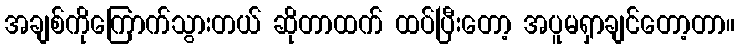
အချစ်ကိုကြောက်သွားတယ် ဆိုတာထက် ထပ်ပြီးတော့ အပူမရှာချင်တော့တာ။